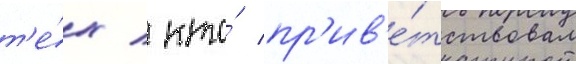
т'е́х / кто́ пр'ив'е́тствовал